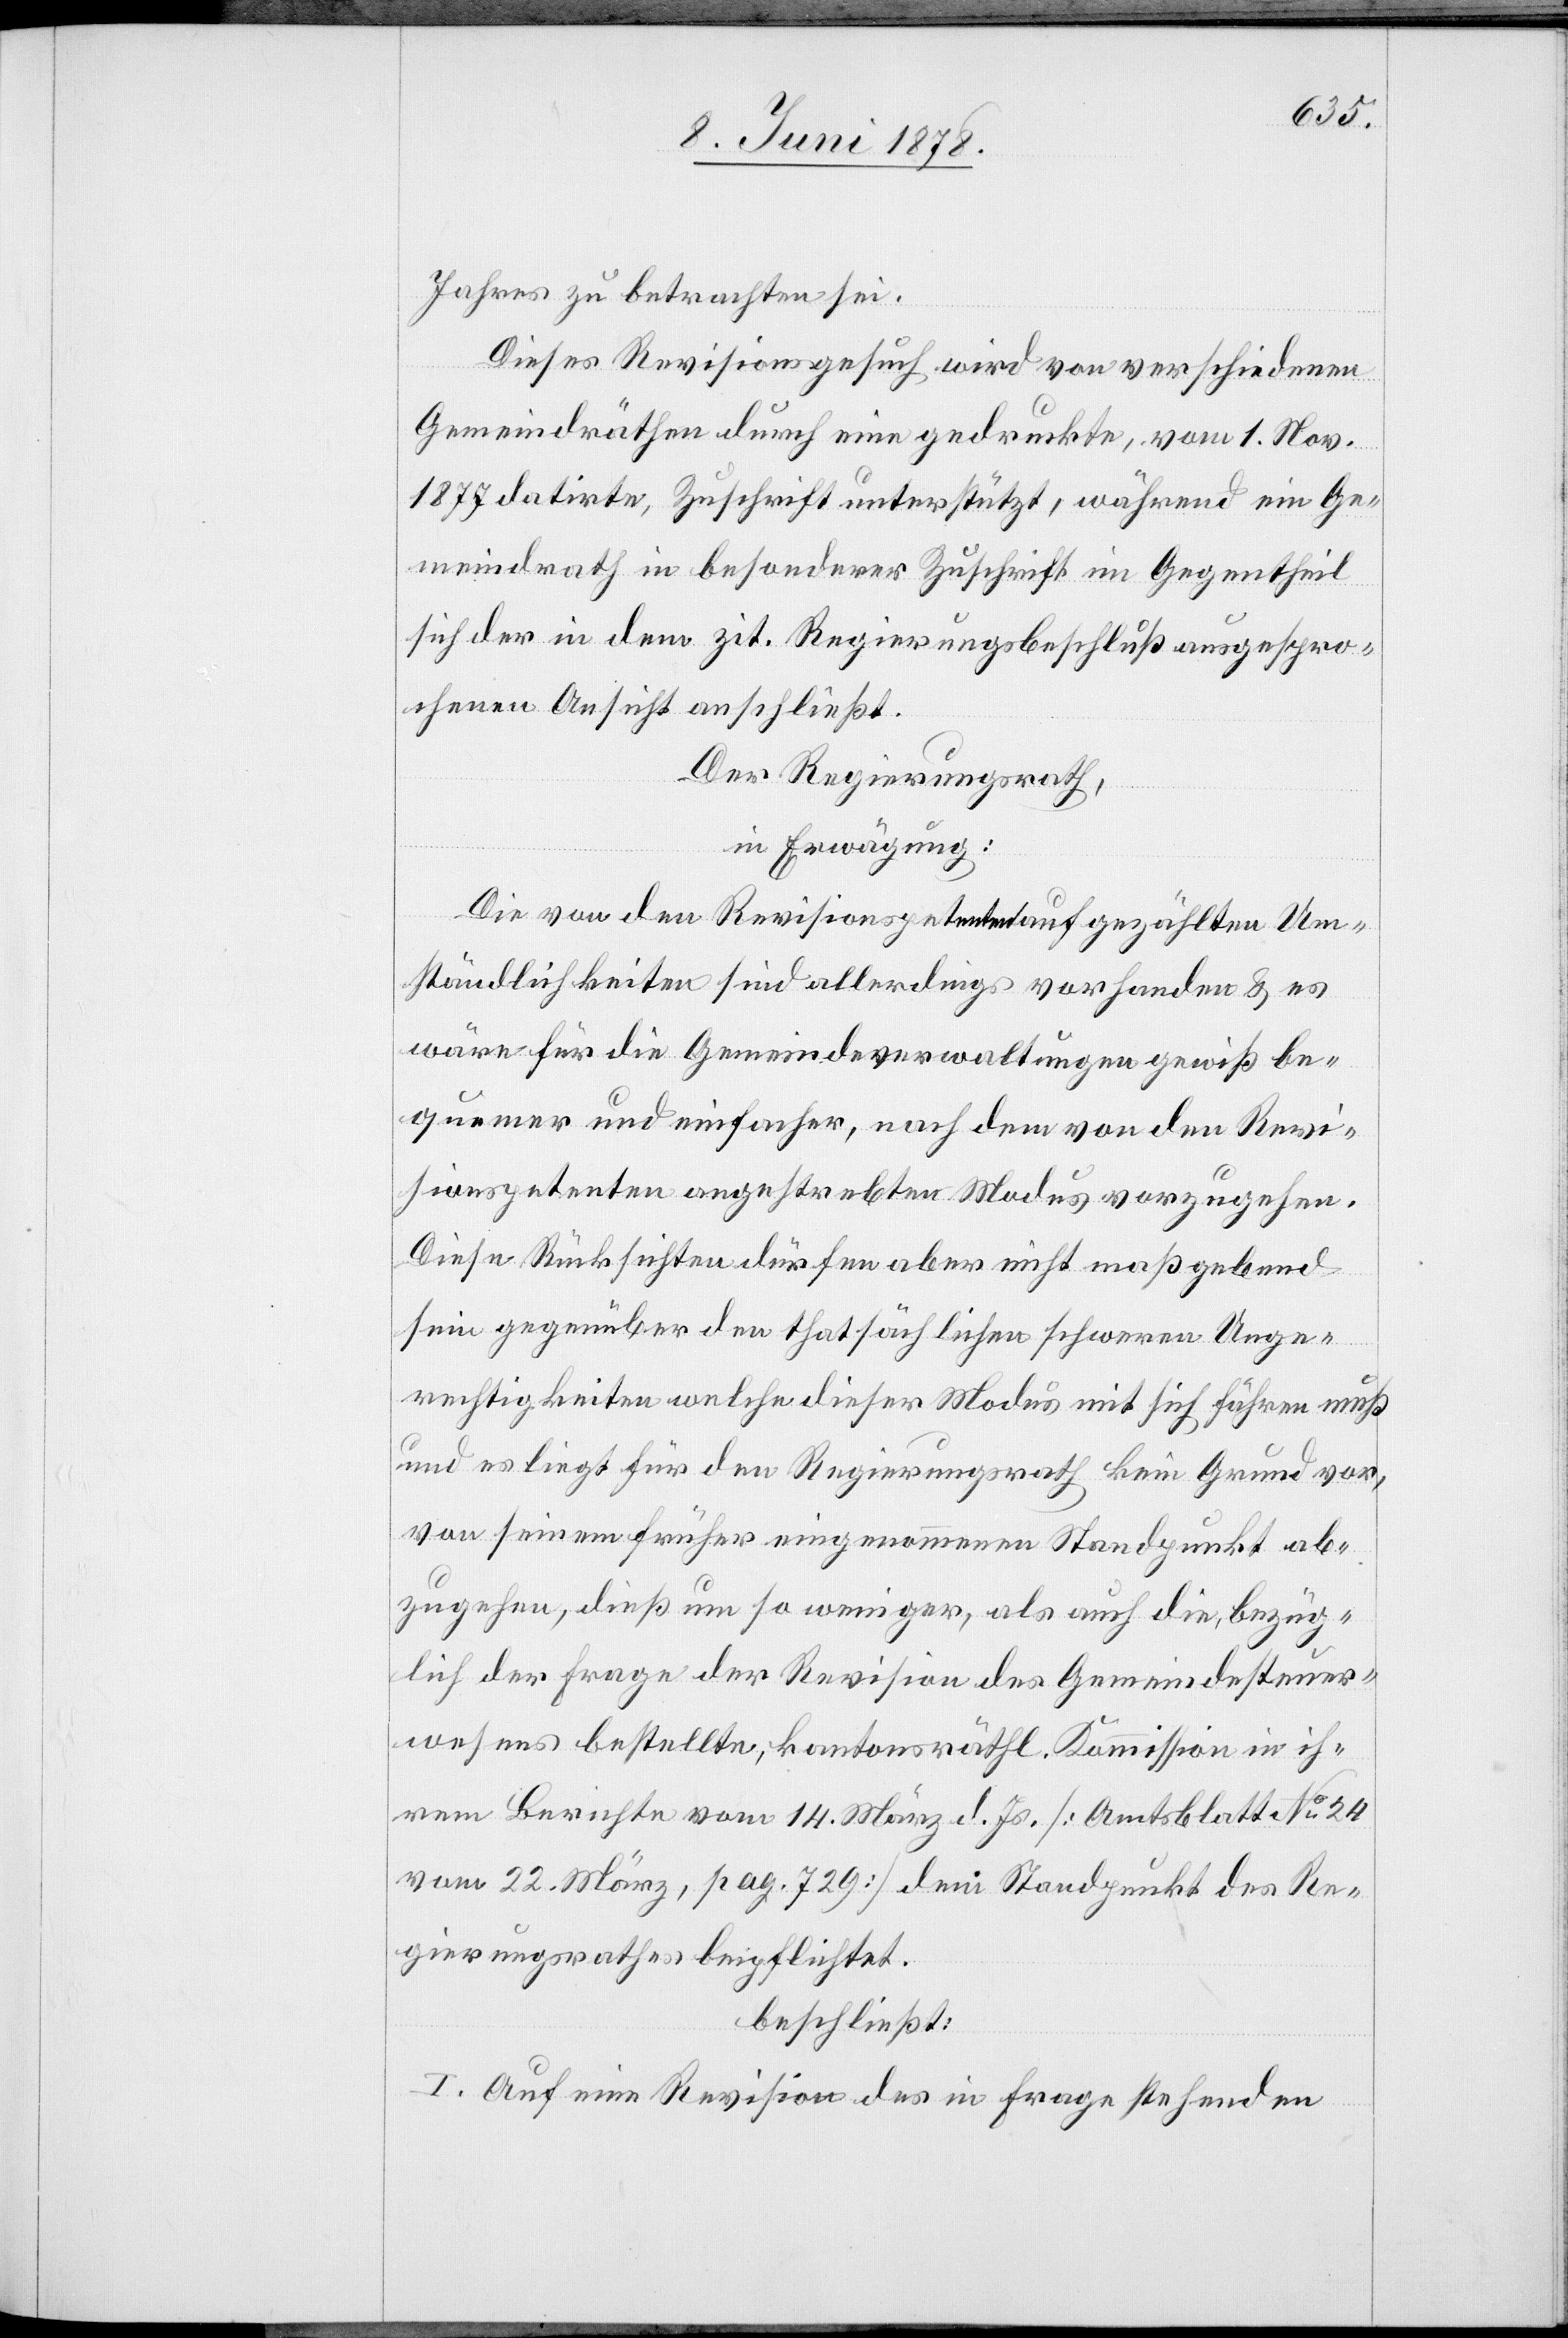
Jahres zu betrachten sei.
Dieses Revisionsgesuch wird von verschiedenen
Gemeindräthen durch eine gedruckte, vom 1. Nov.
1877 datirte, Zuschrift unterstützt, während ein Ge¬
meindrath in besonderer Zuschrift im Gegentheil
sich der in dem zit. Regierungsbeschluß ausgespro¬
chenen Ansicht anschließt.
Der Regierungsrath,
in Erwägung:
Die von den Revisionspetenten aufgezählten Um¬
ständlichkeiten sind allerdings vorhanden & es
wäre für die Gemeindeverwaltungen gewiß be¬
quemer und einfacher, nach dem von den Revi¬
sionspetenten angestrebten Modus vorzugehen.
Diese Rücksichten dürfen aber nicht maßgebend
sein gegenüber den thatsächlichen schweren Unge¬
rechtigkeiten welche dieser Modus mit sich führen muß
und es liegt für den Regierungsrath kein Grund vor,
von seinem früher eingenommenen Standpunkt ab¬
zugehen, dieß um so weniger, als auch die, bezüg¬
lich der Frage der Revision des Gemeindesteuer¬
wesens bestellte, kantonsräthl. Kommission in ih¬
rem Berichte vom 14. März d. Js. [Amtsblatt No 24
vom 22. März, pag. 729] dem Standpunkt des Re¬
gierungsrathes beipflichtet.
beschließt:
I. Auf eine Revision des in Frage stehenden